Cholera in southern India
Disease focus: Cholera
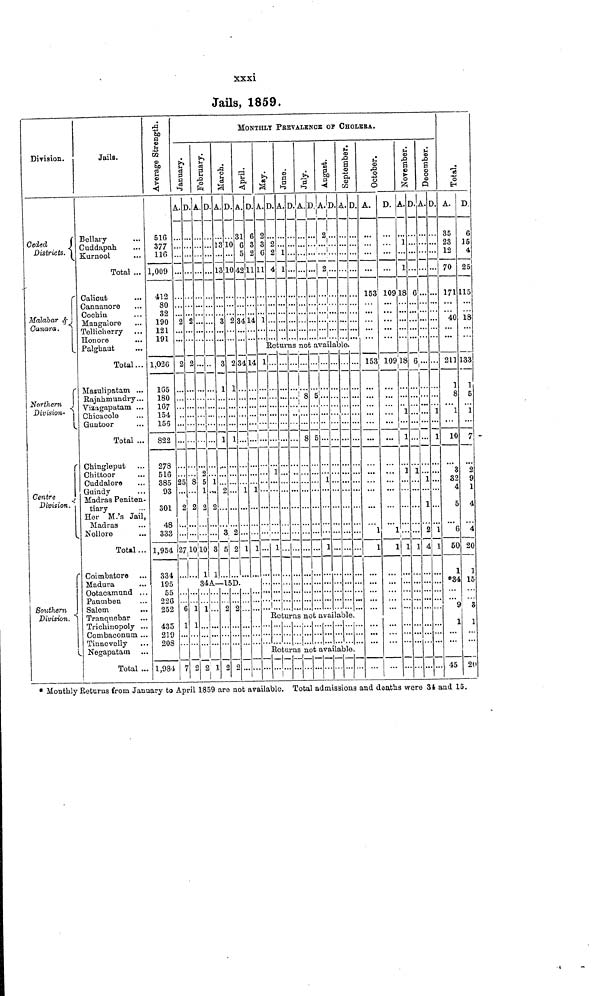
xxxi
Jails, 1859.
Division.
Ceded
&
Districts.
c
Malabar &
Ganara.
Northern
Division
Centre
Division.
Division.
Jails.
Bellary
Cuddapah.
Kurnool
Total ...
Calicut
Caananore
Cochin
Mangalore
Tellicherry
Honore
Palghaut
Total...
Masulipatam ...
Rajahmundry...
Vizagapatam ...
Chicacole
Guntoor
Total ...
Chingleput
Chittoor
Cuddalore
Guindy
Madras Peniten-
tiary
Her M.'s Jail,
Madras
Nellore
Total...
Coimbatore
Madura
Ootacamund ...
Paumben
Salem
Tranquebar ...
Trichinopoly ...
Combaconum ...
Tinnevelly
Negapatam
Total ...
Average Strength.
516
377
116
1,009
412
80
32
190
121
191
1,026
165
180
167
154
156
822
278
516
385
93
301
48
333
1,954
334
195
55
226
252
435
219
208
1,984
January.
A.
2
2
...
25
2
27
6
1
7
D.
2
2
c
2
...
10
1
1
2
February.
A.
...
...
...
2
5
1
2
10
1
D.
...
...
1
2
3
1
March.
A.
13
13
3
3
1
1
2
3
5
D.
10
10
2
2
1
1
2
! 2
34A— 15D
1
2 1
?
2
2
0
MONTHLY
PREVALENCE
OP CHOLERA.
April.
A.
31
6
5
42
34
34
1
1
D.
6
3
2
11
14
14
1
1
May.
A.
2
3
6
11
1
D.
2
2
4
June.
A.
1
1
D.
July.
A. D.
August.
A.
2
D.
2...
...
Sept ember .
A.
Returns not available.
1
...
...
1
...
1
i
... 8
8 5
...
...
1
1 ...
...
Returns not available
...
Returns not available
D.
October.
A.
153
153
1
1
D.
109
109
1
1
November.
A.
1
1
18
18
1
1
1
1
D.
6
6
1
1
December.
A.
...
...
1
1
2
4
D.
1
1
...
1
1
Total.
A.
35
23
12
70
171
40
211
1
8
1
10
3
32
4
5
6
50
1
*34
y
1
D.
6
15
4
25
115
18
133
1
5
1
7 •
2
9
1
4
4
20
1
15
3
1
26
* Monthly Returns from January to April 1859 are not available. Total admissions and deaths were 34 and 15.